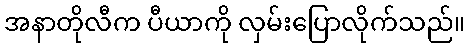
အနာတိုလီက ပီယာကို လှမ်းပြောလိုက်သည်။